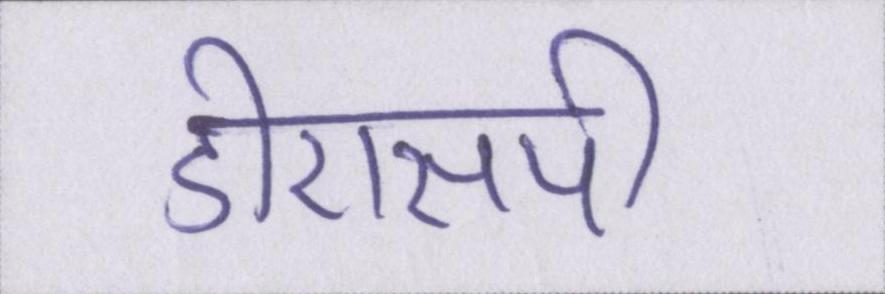
डीएसपी